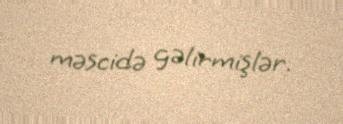
məscidə gəlirmişlər.